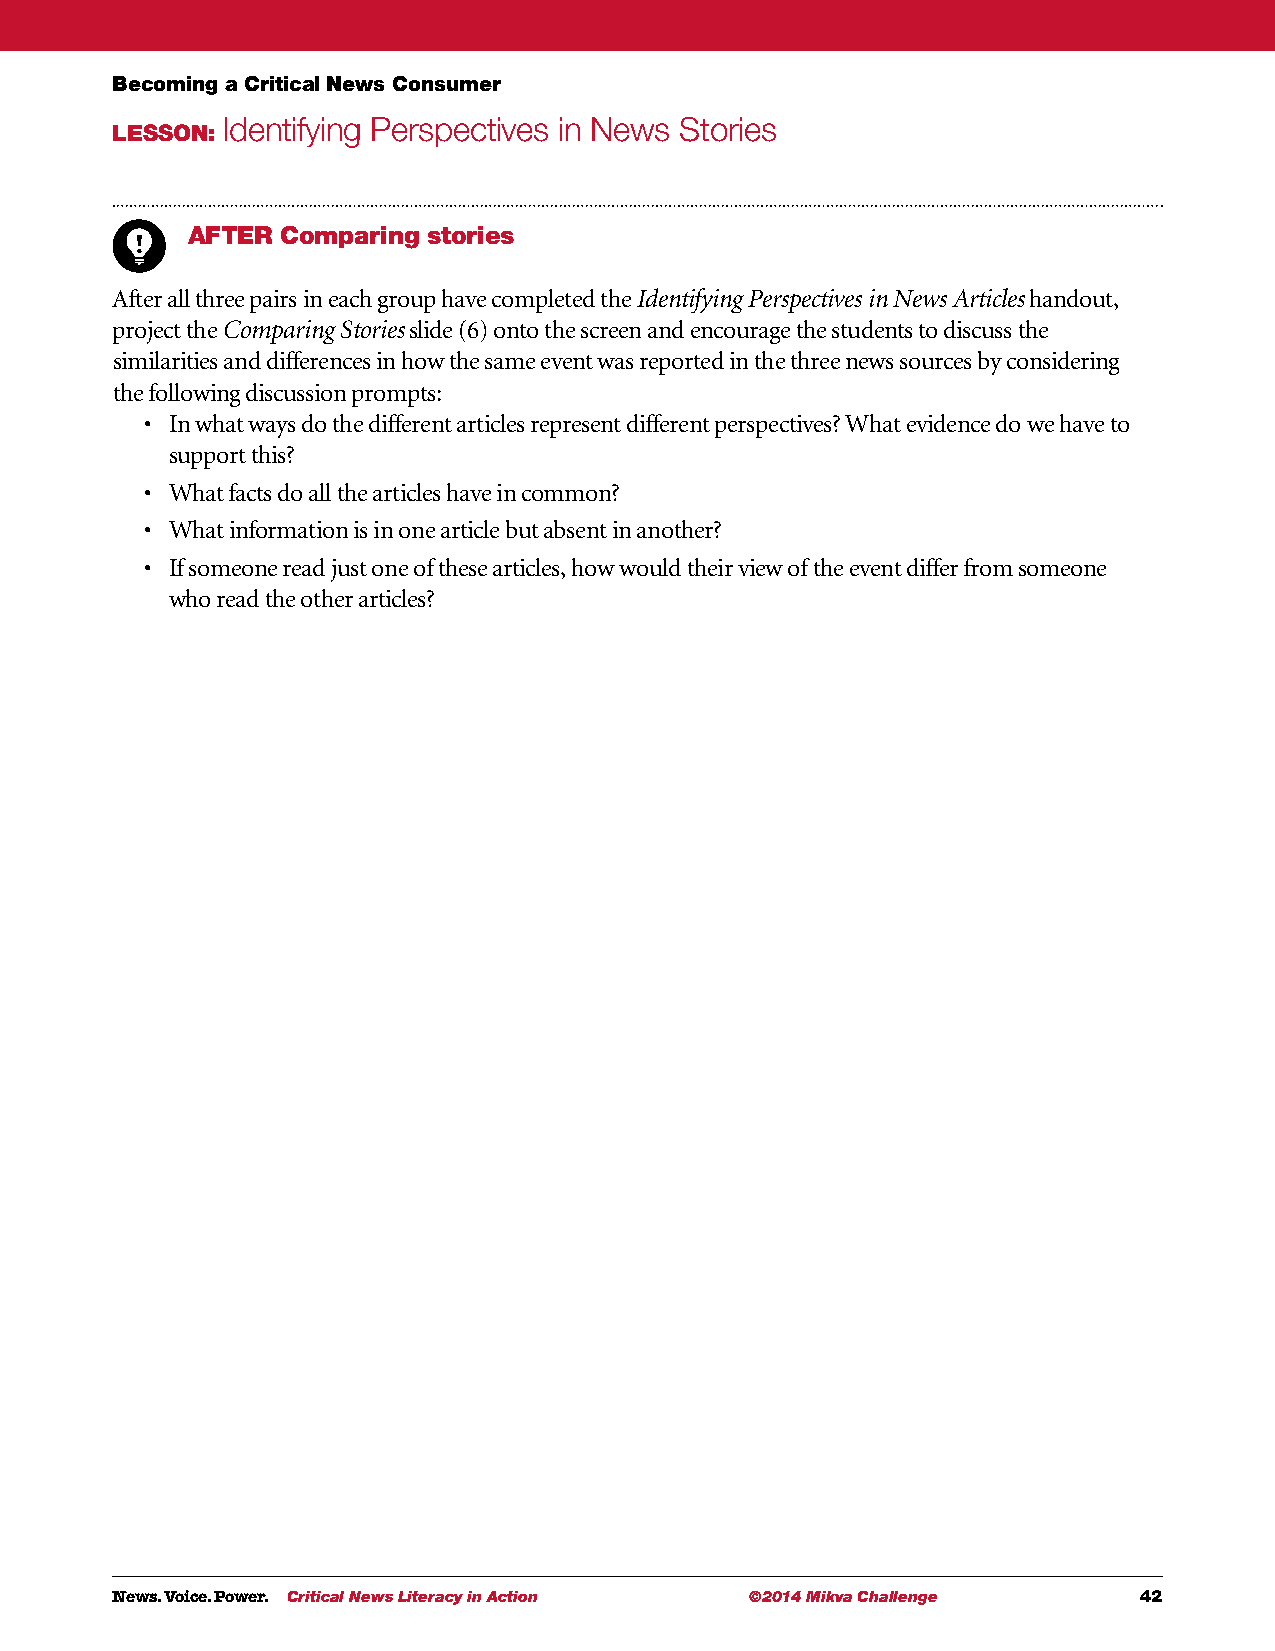
Becoming a Critical News Consumer
 Identifying Perspectives in News Stories
 LESSON:
 AFTER  Comparing stories
 After all three pairs in each group have completed the Identifying Perspectives in News Articles handout,
 project the Comparing Stories slide (6) onto the screen and encourage the students to discuss the
 similarities and differences in how the same event was reported in the three news sources by considering
 the following discussion prompts:
 • I n what ways do the different articles represent different perspectives? What evidence do we have to
 support this?
 • W hat facts do all the articles have in common?
 • W hat information is in one article but absent in another?
 • I f someone read just one of these articles, how would their view of the event differ from someone
 who read the other articles?
 News. Voice. Power. Critical News Literacy in Action ©2014 Mikva Challenge 42